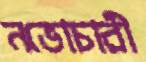
নভোচারী